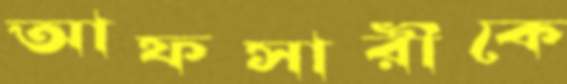
আফসারীকে